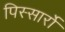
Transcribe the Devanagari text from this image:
पिस्सार्रो